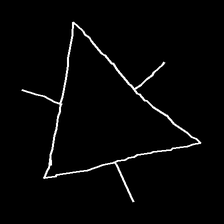
Glyph: fire